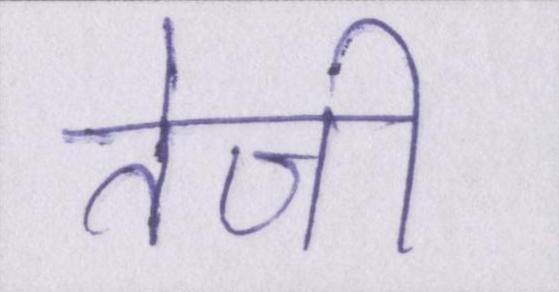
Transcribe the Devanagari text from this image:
तेजी